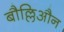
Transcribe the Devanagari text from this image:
बौल्लिऔन